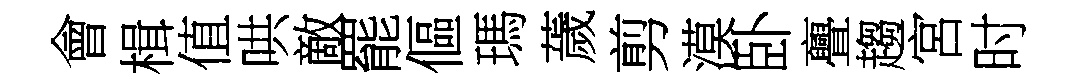
會楫值哄敵罷傴瑪薉剪漠卧亹趨宮时